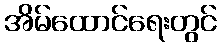
အိမ်ထောင်ရေးတွင်